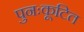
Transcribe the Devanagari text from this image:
पुनःकूटित